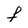
Character: F